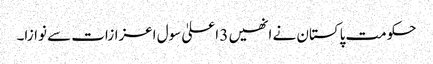
حکومت پاکستان نے انھیں 3 اعلیٰ سول اعزازات سے نوازا۔